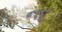
નદ